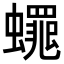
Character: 𮕋